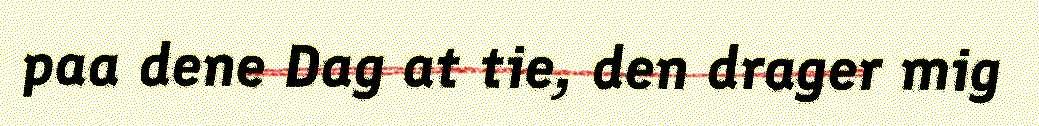
paa dene Dag at tie, den drager mig